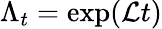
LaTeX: \Lambda_{t}=\exp(\mathcal Lt)